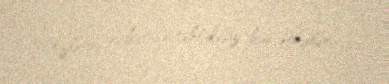
özlərini rahat və təhlükəsiz hiss etmirlər.